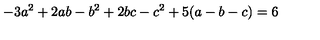
- 3 a ^ { 2 } + 2 a b - b ^ { 2 } + 2 b c - c ^ { 2 } + 5 ( a - b - c ) = 6